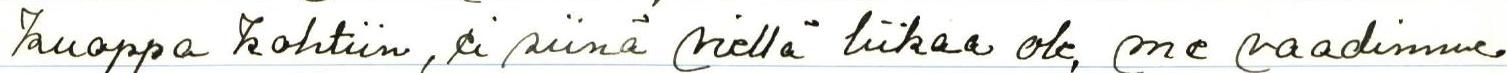
kuoppa kohtiin, ei siinä viellä liikaa ole, me vaadimme